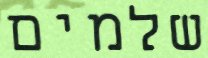
שלמים